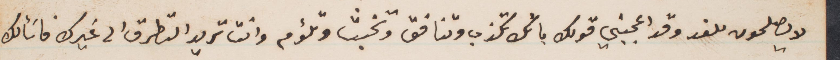
لا يصلحون للغد وقد اعجبني قولك بأنك تكذب وتنافق وتخبث وتلؤم وانت تريد التطرق الى غيرك فأسألك